Lunatic asylums Madras 1877-1891 - 1877-1891
Year: 1877
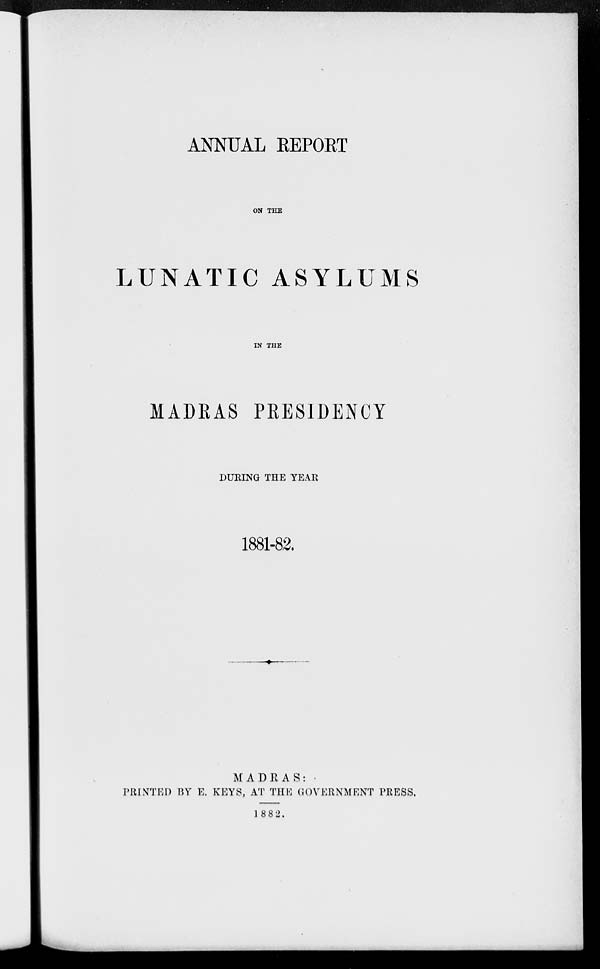
ANNUAL REPORT
ON THE
LUNATIC ASYLUMS
IN THE
MADRAS PRESIDENCY
DURING THE YEAR
1881-82.
MADRAS:
PRINTED BY E. KEYS, AT THE GOVERNMENT PRESS.
1882.